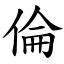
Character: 倫